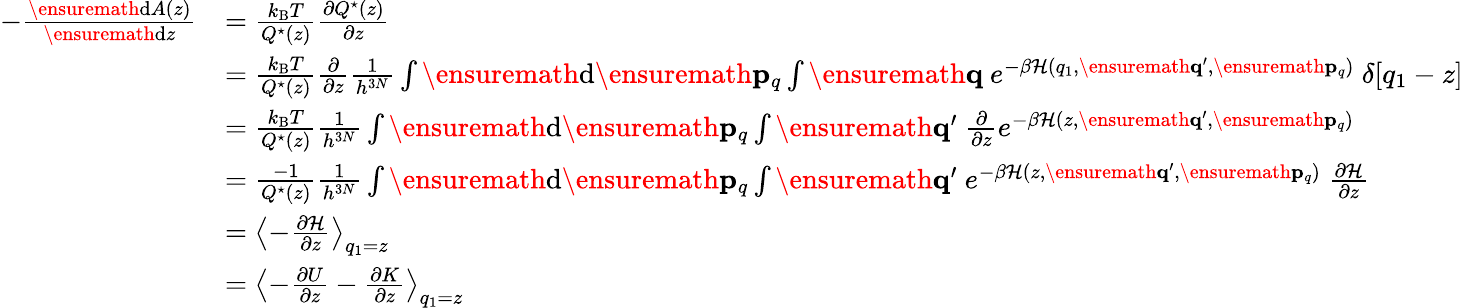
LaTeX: \begin{array}{rl}{-\frac{\ensuremath{\mathrm{d}}A(z)}{\ensuremath{\mathrm{d}}z}}&{=\frac{k_{\mathrm{B}}T}{Q^{\star}(z)}\frac{\partial Q^{\star}(z)}{\partial z}}\\ &{=\frac{k_{\mathrm{B}}T}{Q^{\star}(z)}\frac{\partial}{\partial z}\frac{1}{h^{3N}}\int\ensuremath{\mathrm{d}}\ensuremath{\mathbf{p}}_{q}\int\ensuremath{\mathbf{q}}\ e^{-\beta\mathcal{H}(q_{1},\ensuremath{\mathbf{q}}^{\prime},\ensuremath{\mathbf{p}}_{q})}\ \delta[q_{1}-z]}\\ &{=\frac{k_{\mathrm{B}}T}{Q^{\star}(z)}\frac{1}{h^{3N}}\int\ensuremath{\mathrm{d}}\ensuremath{\mathbf{p}}_{q}\int\ensuremath{\mathbf{q}}^{\prime}\ \frac{\partial}{\partial z}e^{-\beta\mathcal{H}(z,\ensuremath{\mathbf{q}}^{\prime},\ensuremath{\mathbf{p}}_{q})}}\\ &{=\frac{-1}{Q^{\star}(z)}\frac{1}{h^{3N}}\int\ensuremath{\mathrm{d}}\ensuremath{\mathbf{p}}_{q}\int\ensuremath{\mathbf{q}}^{\prime}\ e^{-\beta\mathcal{H}(z,\ensuremath{\mathbf{q}}^{\prime},\ensuremath{\mathbf{p}}_{q})}\ \frac{\partial\mathcal{H}}{\partial z}}\\ &{=\left<-\frac{\partial\mathcal{H}}{\partial z}\right>_{q_{1}=z}}\\ &{=\left<-\frac{\partial U}{\partial z}-\frac{\partial K}{\partial z}\right>_{q_{1}=z}}\end{array}